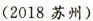
(2018苏州)